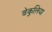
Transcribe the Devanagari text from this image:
ढेकुलिया